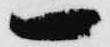
一